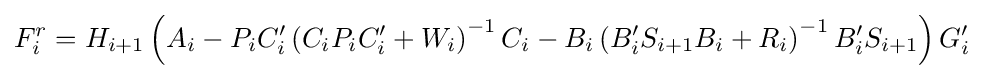
F_{i}^{r}=H_{i+1}\left(A_{i}-P_{i}C'_{i}\left(C_{i}P_{i}C'_{i}+W_{i}\right)^{-1}C_{i}-B_{i}\left(B'_{i}S_{i+1}B_{i}+R_{i}\right)^{-1}B'_{i}S_{i+1}\right)G'_{i}